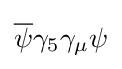
{\overline {\psi }}\gamma _{5}\gamma _{\mu }\psi